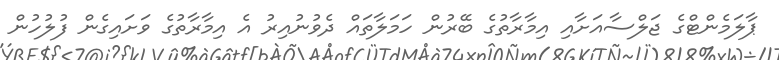
ޕާލަމެންޓްގެ ޖަލްސާއަށާއި އިމާރާތުގެ ބޭރުން ހަމަލާތައް ދެވުނުއިރު އެ އިމާރާތުގެ ވަށައިގެން ފުލުހުން